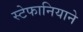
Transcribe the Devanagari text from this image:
स्टेफानियाने